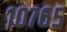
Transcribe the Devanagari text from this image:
१०७६५